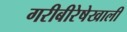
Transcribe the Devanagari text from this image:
गरीबीरेषेखाली